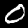
Label: 0